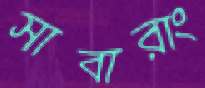
সাবারাং